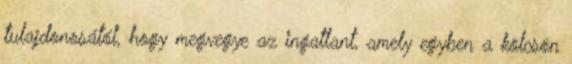
tulajdonosától, hogy megvegye az ingatlant, amely egyben a kölcsön